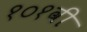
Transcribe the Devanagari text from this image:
१०१वी